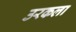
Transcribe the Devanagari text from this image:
उरकला